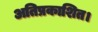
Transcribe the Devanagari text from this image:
अतिप्रकाशित।